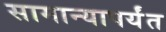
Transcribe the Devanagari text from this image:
सामान्यापर्यंत